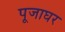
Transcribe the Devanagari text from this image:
पूजाघर